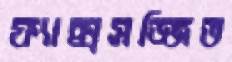
ফ্যাক্সসজ্জিত